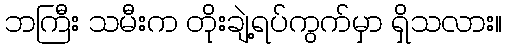
ဘကြီး သမီးက တိုးချဲ့ရပ်ကွက်မှာ ရှိသလား။